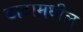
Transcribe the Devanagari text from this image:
डाटामधील